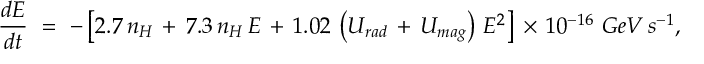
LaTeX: \frac { d E } { d t } \ = \ - \left[ 2 . 7 \, n _ { H } \, + \, 7 . 3 \, n _ { H } \, E \, + \, 1 . 0 2 \, \left( U _ { r a d } \, + \, U _ { m a g } \right) \, E ^ { 2 } \right] \, \times \, 1 0 ^ { - 1 6 } \ G e V \, s ^ { - 1 } ,